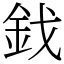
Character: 鈛